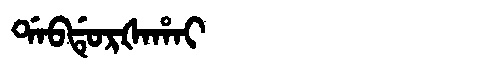
Manchu: ᡩᠠᠪᡩᡠᡵᡧᠠᡥᠠᡳ
Romanization: DABDURŠAHAI